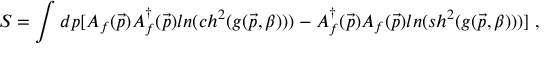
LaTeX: S = \int d p [ A _ { f } ( \vec { p } ) A _ { f } ^ { \dagger } ( \vec { p } ) l n ( c h ^ { 2 } ( g ( \vec { p } , \beta ) ) ) - A _ { f } ^ { \dagger } ( \vec { p } ) A _ { f } ( \vec { p } ) l n ( s h ^ { 2 } ( g ( \vec { p } , \beta ) ) ) ] \; ,